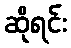
ဆိုရင်း